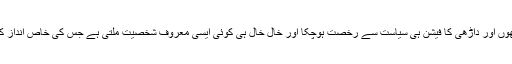
اب تو خیر سے مونچھوں اور داڑھی کا فیشن ہی سیاست سے رخصت ہوچکا اور خال خال ہی کوئی ایسی معروف شخصیت ملتی ہے جس کی خاص انداز کی مونچھ یا داڑھی ہو۔